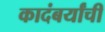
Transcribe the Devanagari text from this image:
कादंबर्यांची